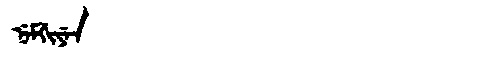
Manchu: ᠨᡝᠮᡤᡳᠶᡝᠨ
Romanization: NEMGIYEN